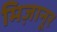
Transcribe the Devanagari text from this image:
मिज़ानूर